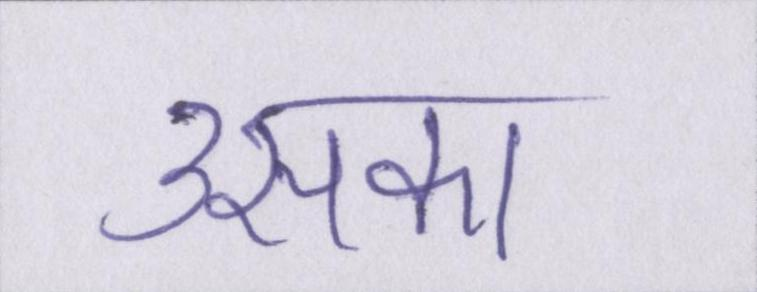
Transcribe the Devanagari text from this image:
उसका